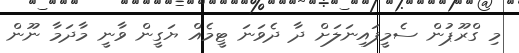
މި ގްރޫޕުން ސެމީފައިނަލަށް ދާ ދެވަނަ ޓީމެއް ޔަގީން ވާނީ މާދަމާ ނޫން